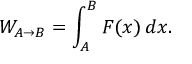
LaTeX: W _ { A \rightarrow B } = \int _ { A } ^ { B } F ( x ) \, d x .